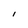
Character: I